Indian journal of veterinary science and animal husbandry - Volume 13,
Year: 1943
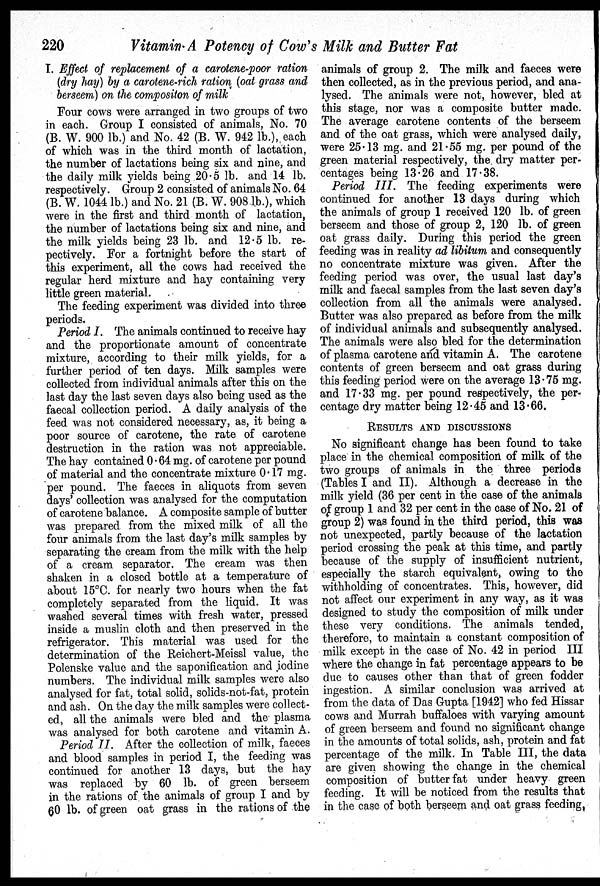
220
Vitamin A Potency of Cow's Milk and Butter Fat
I. Effect of replacement of a carotene-poor ration
(dry hay) by a carotene-rich ration (oat grass and
berseem) on the compositon of milk
Four cows were arranged in two groups of two
in each. Group I consisted of animals, No. 70
(B. W. 900 lb.) and No. 42 (B. W. 942 lb.), each
of which was in the third month of lactation,
the number of lactations being six and nine, and
the daily milk yields being 20.5 lb. and 14 lb.
respectively. Group 2 consisted of animals No. 64
(B. W. 1044 lb.) and No. 21 (B. W. 908 lb.), which
were in the first and third month of lactation,
the number of lactations being six and nine, and
the milk yields being 23 lb. and 12.5 lb. re-
pectively. For a fortnight before the start of
this experiment, all the cows had received the
regular herd mixture and hay containing very
little green material.
The feeding experiment was divided into three
periods.
Period I. The animals continued to receive hay
and the proportionate amount of concentrate
mixture, according to their milk yields, for a
further period of ten days. Milk samples were
collected from individual animals after this on the
last day the last seven days also being used as the
faecal collection period. A daily analysis of the
feed was not considered necessary, as, it being a
poor source of carotene, the rate of carotene
destruction in the ration was not appreciable.
The hay contained 0.64 mg. of carotene per pound
of material and the concentrate mixture 0.17 mg.
per pound. The faeces in aliquots from seven
days' collection was analysed for the computation
of carotene balance. A composite sample of butter
was prepared from the mixed milk of all the
four animals from the last day's milk samples by
separating the cream from the milk with the help
of a cream separator. The cream was then
shaken in a closed bottle at a temperature of
about 15ºC. for nearly two hours when the fat
completely separated from the liquid. It was
washed several times with fresh water, pressed
inside a muslin cloth and then preserved in the
refrigerator. This material was used for the
determination of the Reichert-Meissl value, the
Polenske value and the saponification and iodine
numbers. The individual milk samples were also
analysed for fat, total solid, solids-not-fat, protein
and ash. On the day the milk samples were collect-
ed, all the animals were bled and the plasma
was analysed for both carotene and vitamin A.
Period II. After the collection of milk, faeces
and blood samples in period I, the feeding was
continued for another 13 days, but the hay
was replaced by 60 lb. of green berseem
in the rations of the animals of group I and by
60 lb. of green oat grass in the rations of the
animals of group 2. The milk and faeces were
then collected, as in the previous period, and ana-
lysed. The animals were not, however, bled at
this stage, nor was a composite butter made.
The average carotene contents of the berseem
and of the oat grass, which were analysed daily,
were 25.13 mg. and 21.55 mg. per pound of the
green material respectively, the dry matter per-
centages being 13.26 and 17.38.
Period III. The feeding experiments were
continued for another 13 days during which
the animals of group 1 received 120 lb. of green
berseem and those of group 2, 120 lb. of green
oat grass daily. During this period the green
feeding was in reality ad libitum and consequently
no concentrate mixture was given. After the
feeding period was over, the usual last day's
milk and faecal samples from the last seven day's
collection from all the animals were analysed.
Butter was also prepared as before from the milk
of individual animals and subsequently analysed.
The animals were also bled for the determination
of plasma carotene and vitamin A. The carotene
contents of green berseem and oat grass during
this feeding period were on the average 13.75 mg.
and 17.33 mg. per pound respectively, the per-
centage dry matter being 12.45 and 13.66.
RESULTS AND DISCUSSIONS
No significant change has been found to take
place in the chemical composition of milk of the
two groups of animals in the three periods
(Tables I and II). Although a decrease in the
milk yield (36 per cent in the case of the animals
of group 1 and 32 per cent in the case of No. 21 of
group 2) was found in the third period, this was
not unexpected, partly because of the lactation
period crossing the peak at this time, and partly
because of the supply of insufficient nutrient,
especially the starch equivalent, owing to the
withholding of concentrates. This, however, did
not affect our experiment in any way, as it was
designed to study the composition of milk under
these very conditions. The animals tended,
therefore, to maintain a constant composition of
milk except in the case of No. 42 in period III
where the change in fat percentage appears to be
due to causes other than that of green fodder
ingestion. A similar conclusion was arrived at
from the data of Das Gupta [1942] who fed Hissar
cows and Murrah buffaloes with varying amount
of green berseem and found no significant change
in the amounts of total solids, ash, protein and fat
percentage of the milk. In Table III, the data
are given showing the change in the chemical
composition of butter fat under heavy green
feeding. It will be noticed from the results that
in the case of both berseem and oat grass feeding,